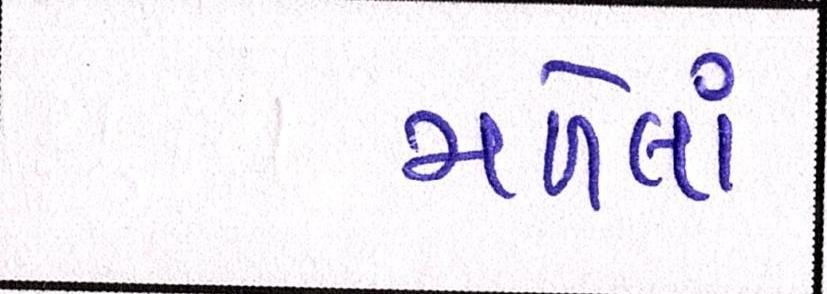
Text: મળેલાં